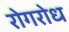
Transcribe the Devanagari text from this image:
रोगरोध